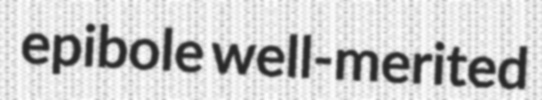
epibole well-merited